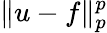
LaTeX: \| u-f\| _{p}^{p}